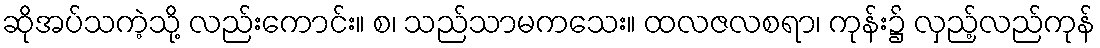
ဆိုအပ်သကဲ့သို့ လည်းကောင်း။ စ၊ သည်သာမကသေး။ ထလဇလစရာ၊ ကုန်း၌ လှည့်လည်ကုန်